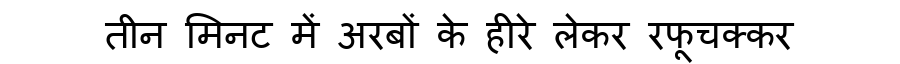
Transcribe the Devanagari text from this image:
तीन मिनट में अरबों के हीरे लेकर रफूचक्कर